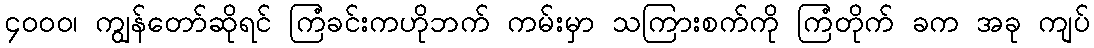
၄ဝဝဝ၊ ကျွန်တော်ဆိုရင် ကြံခင်းကဟိုဘက် ကမ်းမှာ သကြားစက်ကို ကြံတိုက် ခက အခု ကျပ်